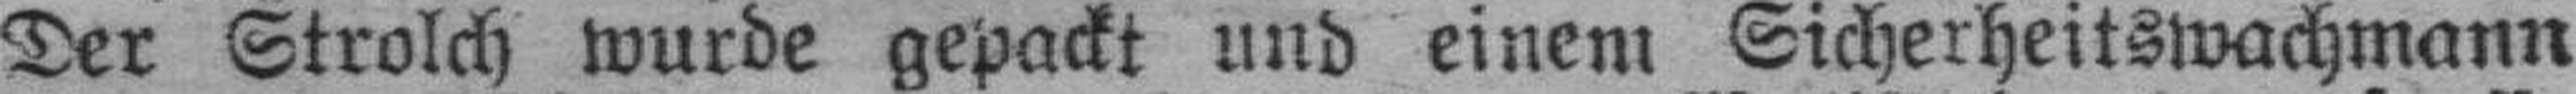
Der Strolch wurde gepackt und einem Sicherheitswachmann